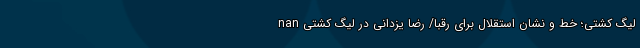
nan لیگ کشتی؛ خط و نشان استقلال برای رقبا/ رضا یزدانی در لیگ کشتی